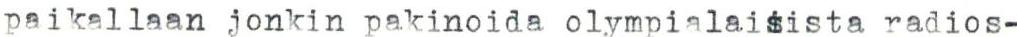
paikallaan jonkin pakinoida olympialaisista radios-